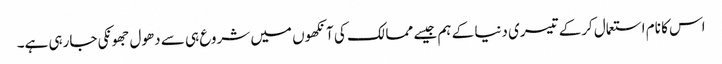
اس کا نام استعمال کرکے تیسری دنیا کے ہم جیسے ممالک کی آنکھوں میں شروع ہی سے دھول جھونکی جارہی ہے۔